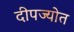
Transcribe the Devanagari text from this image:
दीपज्योत